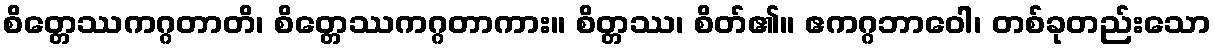
စိတ္တေဿကဂ္ဂတာတိ၊ စိတ္တေဿကဂ္ဂတာကား။ စိတ္တဿ၊ စိတ်၏။ ဧကဂ္ဂဘာဝေါ၊ တစ်ခုတည်းသော